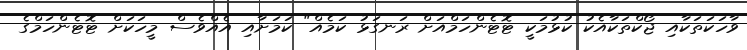
ވާހަކަތަކާއި ޖޯކްތަކާއެކު ކުޅުމަކީ ޓޮޓެންހަމްއަށް ރަނގަޅު ކަމެއް" ކަމަށާއި އެއްވެސް މީހަކަށް ޓޮޓެންހަމްގެ